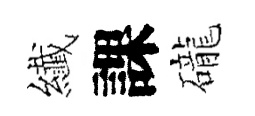
纎課礲